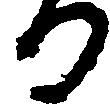
る